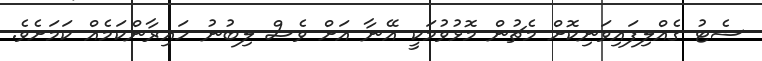
ސެޓު ގެއްލިފައިވަނިކޮށް މެޗުން މޮޅުވުމަކީ އޭނާ އަށް ވެސް ލިބުނު ހައިރާންކަމެއް ކަމަށެވެ.